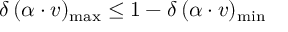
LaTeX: \delta \, ( \alpha \cdot v ) _ { \mathrm { m a x } } \leq 1 - \delta \, ( \alpha \cdot v ) _ { \mathrm { m i n } }